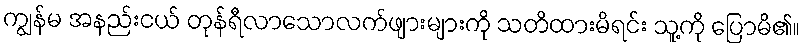
ကျွန်မ အနည်းငယ် တုန်ရီလာသောလက်ဖျားများကို သတိထားမိရင်း သူ့ကို ပြောမိ၏။